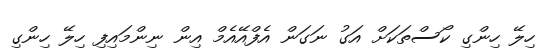
ހިލޭ ހިންގި ކޯސްތަކަށް އަގު ނަގަން އެފްއޭއެމް އިން ނިންމައިފި ހިލޭ ހިންގި